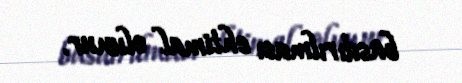
basdırılması ehtimal olunur.